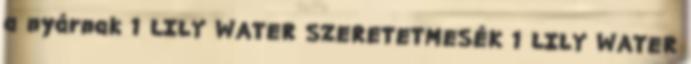
a nyárnak 1 LILY WATER SZERETETMESÉK 1 LILY WATER